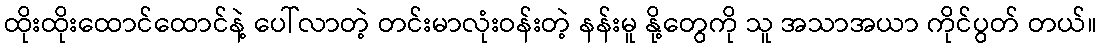
ထိုးထိုးထောင်ထောင်နဲ့ ပေါ်လာတဲ့ တင်းမာလုံးဝန်းတဲ့ နန်းမူ နို့တွေကို သူ အသာအယာ ကိုင်ပွတ် တယ်။